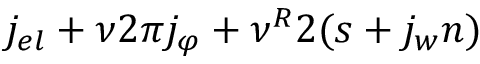
j _ { e l } + { { \nu } \o { 2 \pi } } j _ { \varphi } + { { \nu ^ { R } } \o 2 } ( s + { { j _ { w } } \o n } )